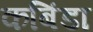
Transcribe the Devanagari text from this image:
कबिंडा